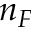
n _ { F }